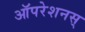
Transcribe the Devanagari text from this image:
ऑपरेशनस्